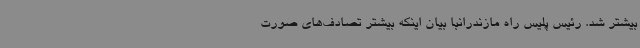
بیشتر شد. رئیس پلیس راه مازندرانبا بیان اینکه بیشتر تصادف‌های صورت